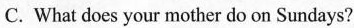
C. What does your mother do on Sundays?